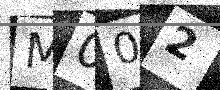
Text: M002